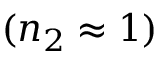
( n _ { 2 } \approx 1 )